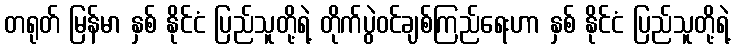
တရုတ် မြန်မာ နှစ် နိုင်ငံ ပြည်သူတို့ရဲ့ တိုက်ပွဲဝင်ချစ်ကြည်ရေးဟာ နှစ် နိုင်ငံ ပြည်သူတို့ရဲ့